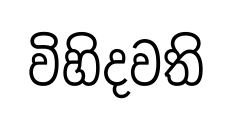
විහිදවති